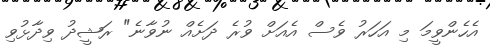
އެހެންވީމަ މި އަހަރު ވެސް އެއަށް ވުރެ ދަށެއް ނުވާނެ" ރަޝީދު ވިދާޅުވި